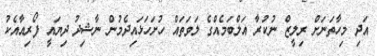
އަދި މިހާތަނަށް ރިލީޒް ނުކުރާ އަލްބަމެއްގެ ލަވަަތައް ހުށަހަޅައިދެމުން ނާޝިދު ދިޔައީ ފޯރިއާއެކު